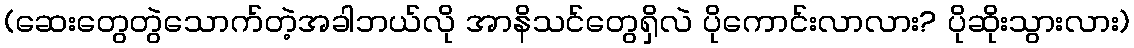
(ဆေးတွေတွဲသောက်တဲ့အခါဘယ်လို အာနိသင်တွေရှိလဲ ပိုကောင်းလာလား? ပိုဆိုးသွားလား)